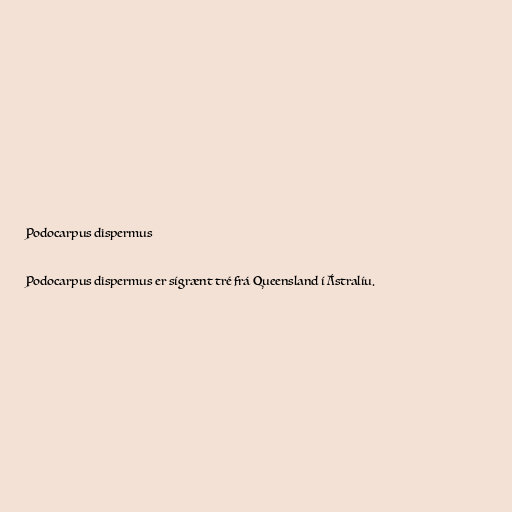
Podocarpus dispermus

Podocarpus dispermus er sígrænt tré frá Queensland í Ástralíu.